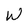
Character: W